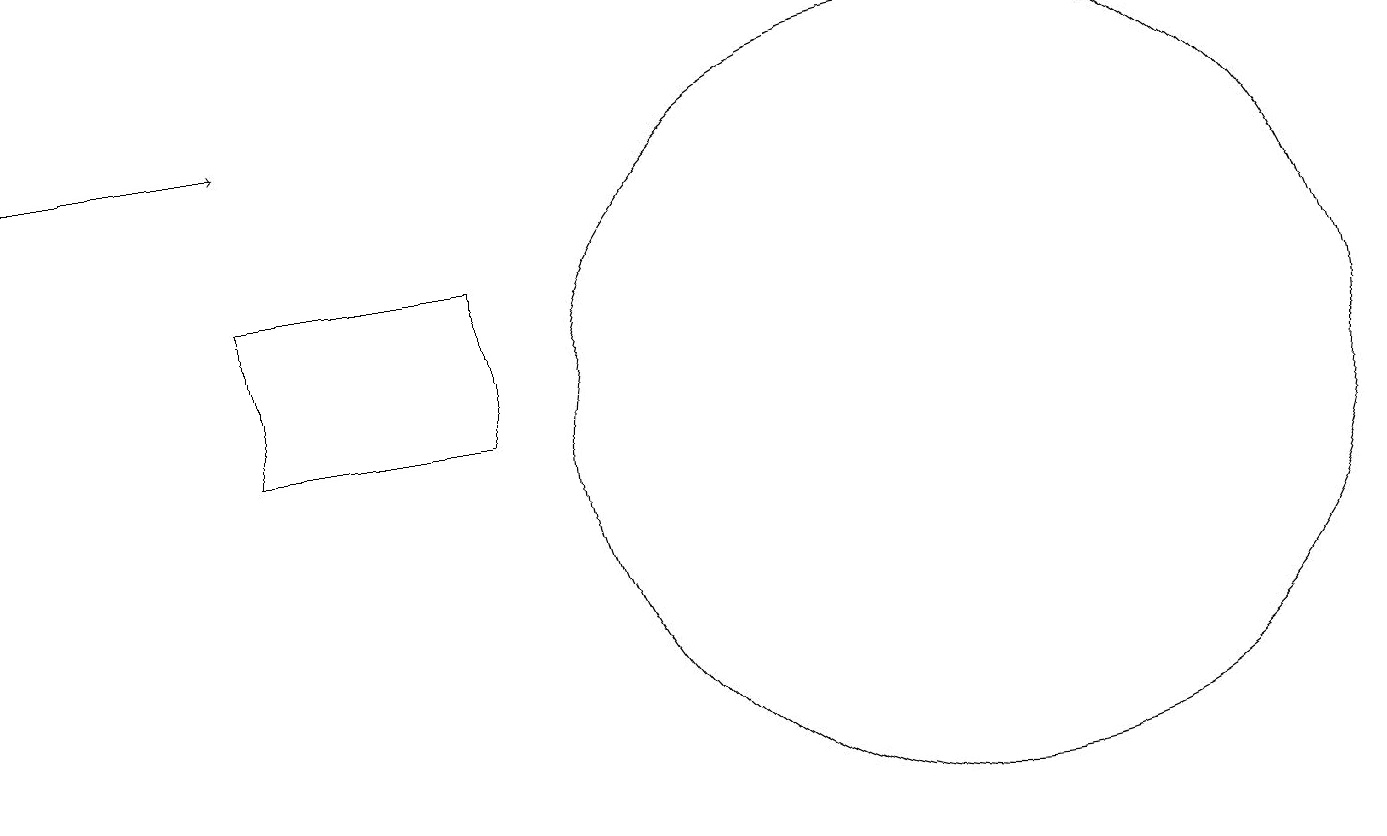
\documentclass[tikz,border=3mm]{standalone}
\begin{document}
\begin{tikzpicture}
\draw (12,11) circle (5);
\draw (6,13) rectangle (3,11);
\draw[->] (0,15) -- (3,15);
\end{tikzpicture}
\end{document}